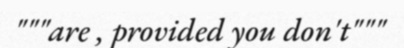
"""are , provided you don't"""